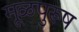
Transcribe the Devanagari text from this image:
मूळपुरूष